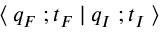
\: \langle \: q _ { F } \; ; t _ { F } \: | \: q _ { I } \; ; t _ { I } \: \rangle \: